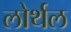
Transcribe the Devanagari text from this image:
लोर्थल